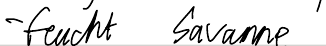
- feucht Savanne